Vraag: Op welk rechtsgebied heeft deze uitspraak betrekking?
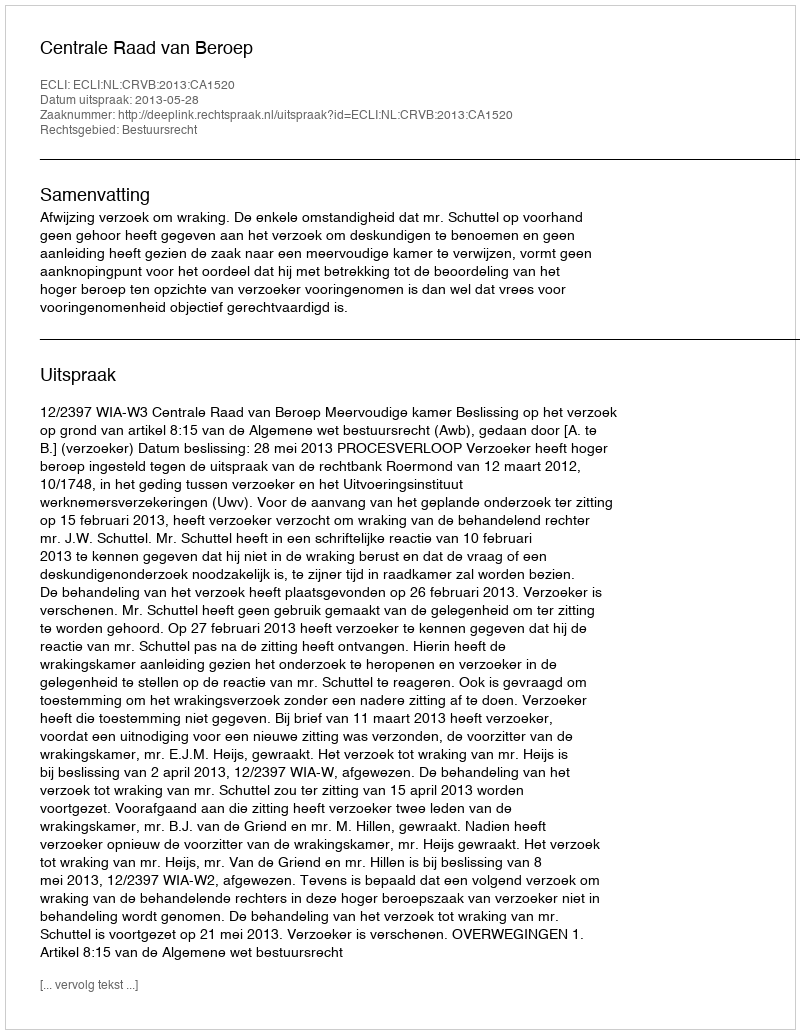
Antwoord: Bestuursrecht